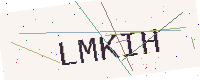
Text: LMKIH